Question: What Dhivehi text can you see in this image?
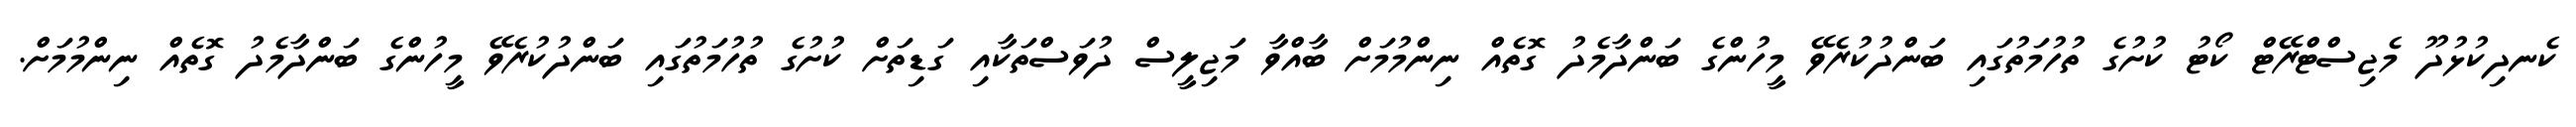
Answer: ކެނދިކުޅުދޫ މެޖިސްޓްރޭޓް ކޯޓު ކުށުގެ ތުހުމަތުގައި ބަންދުކުރެވޭ މީހުންގެ ބަންދާމެދު ގޮތެއް ނިންމުމަށް ބާއްވާ މަޖިލީސް ދުވަސްތަކާއި ގަޑިތަށް ކުށުގެ ތުހުމަތުގައި ބަންދުކުރެވޭ މީހުންގެ ބަންދާމެދު ގޮތެއް ނިންމުމަށް.